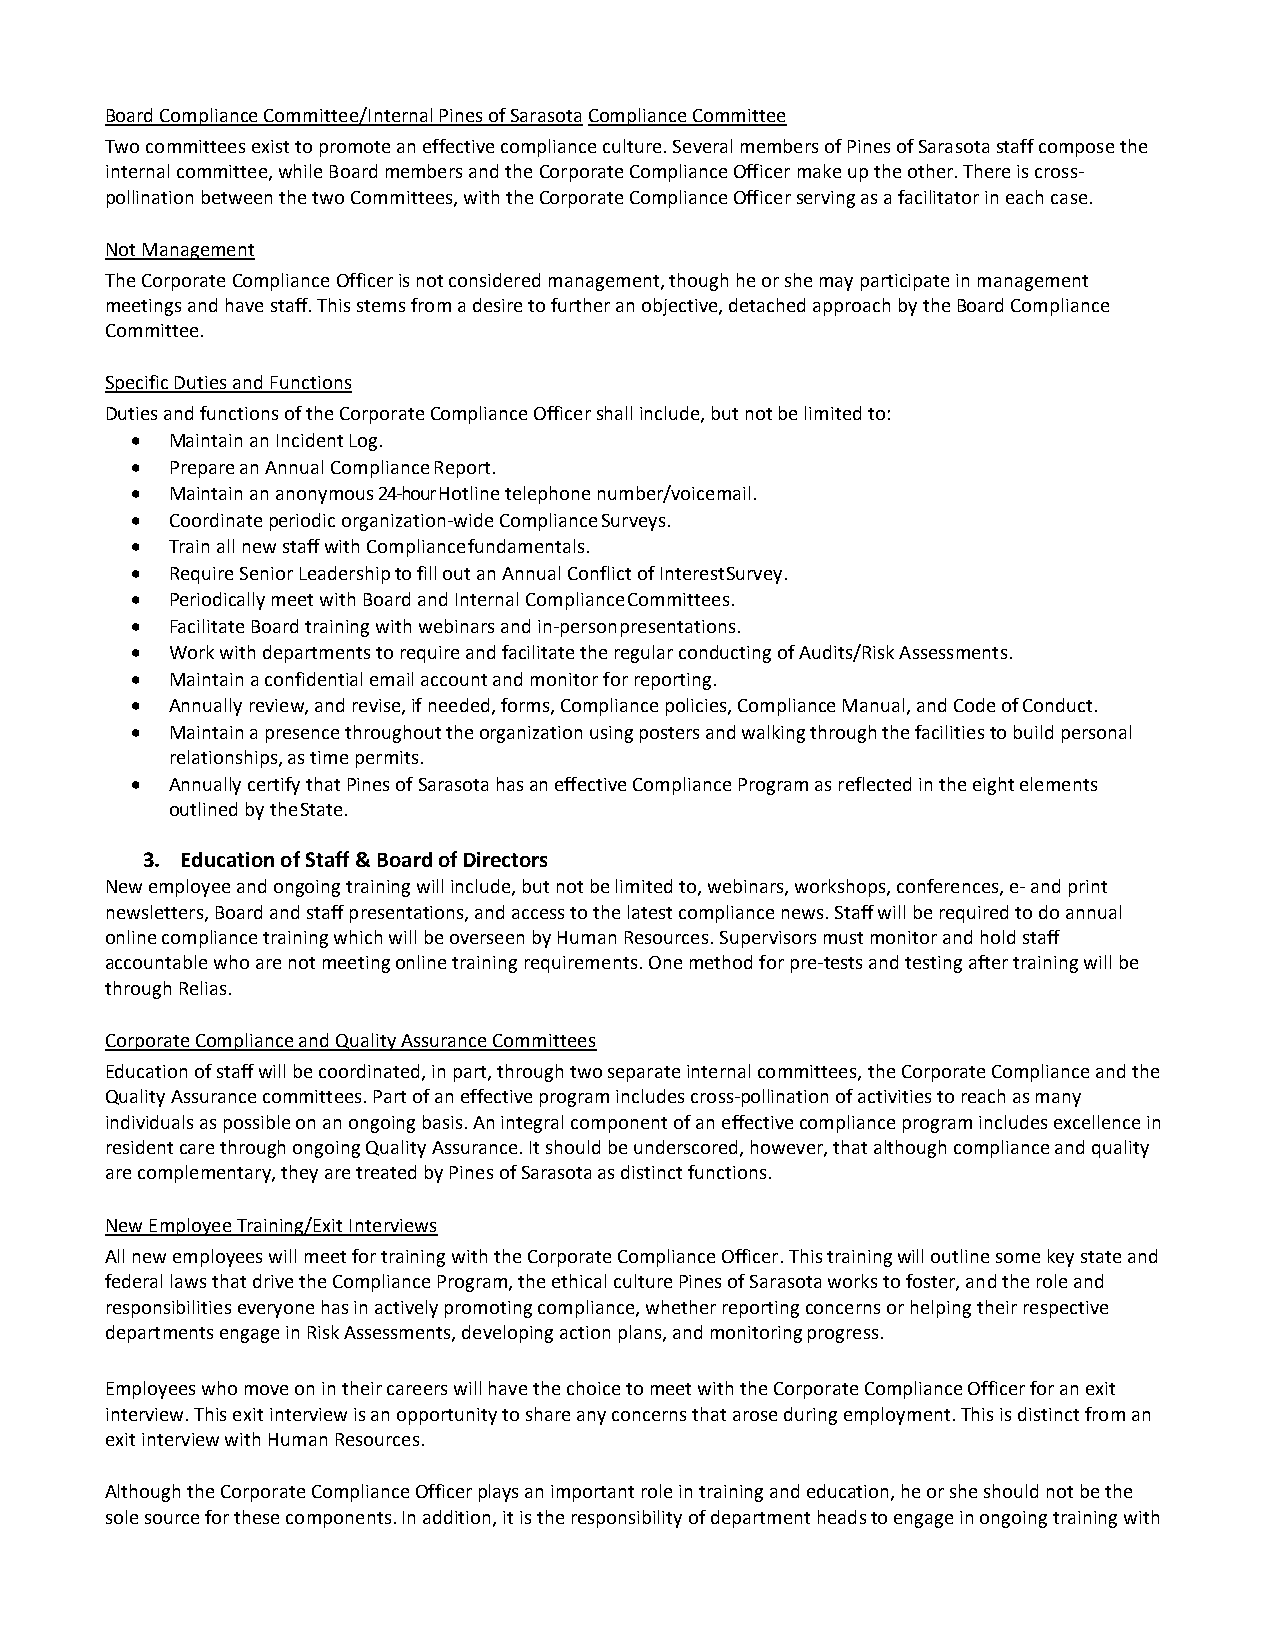
Board Compliance Committee/Internal Pines of Sarasota Compliance Committee
 Two committees exist to promote an effective compliance culture. Several members of Pines of Sarasota staff compose the
 internal committee, while Board members and the Corporate Compliance Officer make up the other. There is cross-
 pollination between the two Committees, with the Corporate Compliance Officer serving as a facilitator in each case.
 Not Management
 The Corporate Compliance Officer is not considered management, though he or she may participate in management
 meetings and have staff. This stems from a desire to further an objective, detached approach by the Board Compliance
 Committee.
 Specific Duties and Functions
 Duties and functions of the Corporate Compliance Officer shall include, but not be limited to:
 • Maintain an Incident Log.
 • Prepare an Annual Compliance Report.
 • Maintain an anonymous 24-hour Hotline telephone number/voicemail.
 • Coordinate periodic organization-wide Compliance Surveys.
 • Train all new staff with Compliance fundamentals.
 • Require Senior Leadership to fill out an Annual Conflict of Interest Survey.
 • Periodically meet with Board and Internal Compliance Committees.
 • Facilitate Board training with webinars and in-person presentations.
 • Work with departments to require and facilitate the regular conducting of Audits/Risk Assessments.
 • Maintain a confidential email account and monitor for reporting.
 • Annually review, and revise, if needed, forms, Compliance policies, Compliance Manual, and Code of Conduct.
 • Maintain a presence throughout the organization using posters and walking through the facilities to build personal
 relationships, as time permits.
 • Annually certify that Pines of Sarasota has an effective Compliance Program as reflected in the eight elements
 outlined by the State.
 3. Education of Staff & Board of Directors
 New employee and ongoing training will include, but not be limited to, webinars, workshops, conferences, e- and print
 newsletters, Board and staff presentations, and access to the latest compliance news. Staff will be required to do annual
 online compliance training which will be overseen by Human Resources. Supervisors must monitor and hold staff
 accountable who are not meeting online training requirements. One method for pre-tests and testing after training will be
 through Relias.
 Corporate Compliance and Quality Assurance Committees
 Education of staff will be coordinated, in part, through two separate internal committees, the Corporate Compliance and the
 Quality Assurance committees. Part of an effective program includes cross-pollination of activities to reach as many
 individuals as possible on an ongoing basis. An integral component of an effective compliance program includes excellence in
 resident care through ongoing Quality Assurance. It should be underscored, however, that although compliance and quality
 are complementary, they are treated by Pines of Sarasota as distinct functions.
 New Employee Training/Exit Interviews
 All new employees will meet for training with the Corporate Compliance Officer. This training will outline some key state and
 federal laws that drive the Compliance Program, the ethical culture Pines of Sarasota works to foster, and the role and
 responsibilities everyone has in actively promoting compliance, whether reporting concerns or helping their respective
 departments engage in Risk Assessments, developing action plans, and monitoring progress.
 Employees who move on in their careers will have the choice to meet with the Corporate Compliance Officer for an exit
 interview. This exit interview is an opportunity to share any concerns that arose during employment. This is distinct from an
 exit interview with Human Resources.
 Although the Corporate Compliance Officer plays an important role in training and education, he or she should not be the
 sole source for these components. In addition, it is the responsibility of department heads to engage in ongoing training with